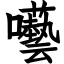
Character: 囈